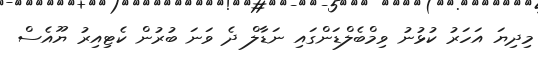
މިދިޔަ އަހަރު ކުޅުނު ވިމްބެލްޑަންގައި ނަޑާލް ދެ ވަނަ ބުރުން ކެޓިއިރު ޔޫއެސް